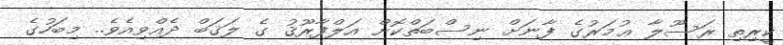
ކީރިތި ރަސޫލާ ޢުމަރުގެ ފާނަށް ނިސްބަތްކޮށް އަލްފާރޫޤު ގެ ލަޤަބް ދެއްވިއެވެ.. މިބަހުގެ